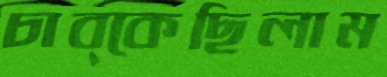
চাব্‌কেছিলাম